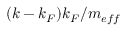
( k - k _ { F } ) k _ { F } / m _ { e f f }